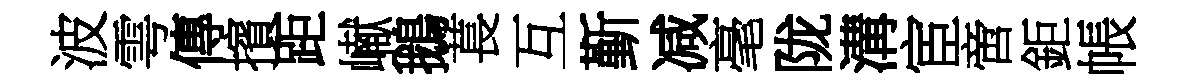
波雩傳擯距𪩘鵝萇互斳减毫陇溝宦啻鉅帳